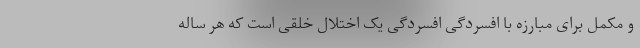
و مکمل برای مبارزه با افسردگی افسردگی یک اختلال خلقی است که هر ساله